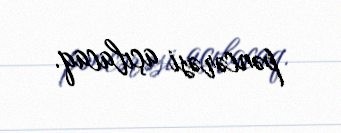
pəncərəsi açılacaq.